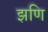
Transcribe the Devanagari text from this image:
झणि